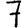
Digit: 7